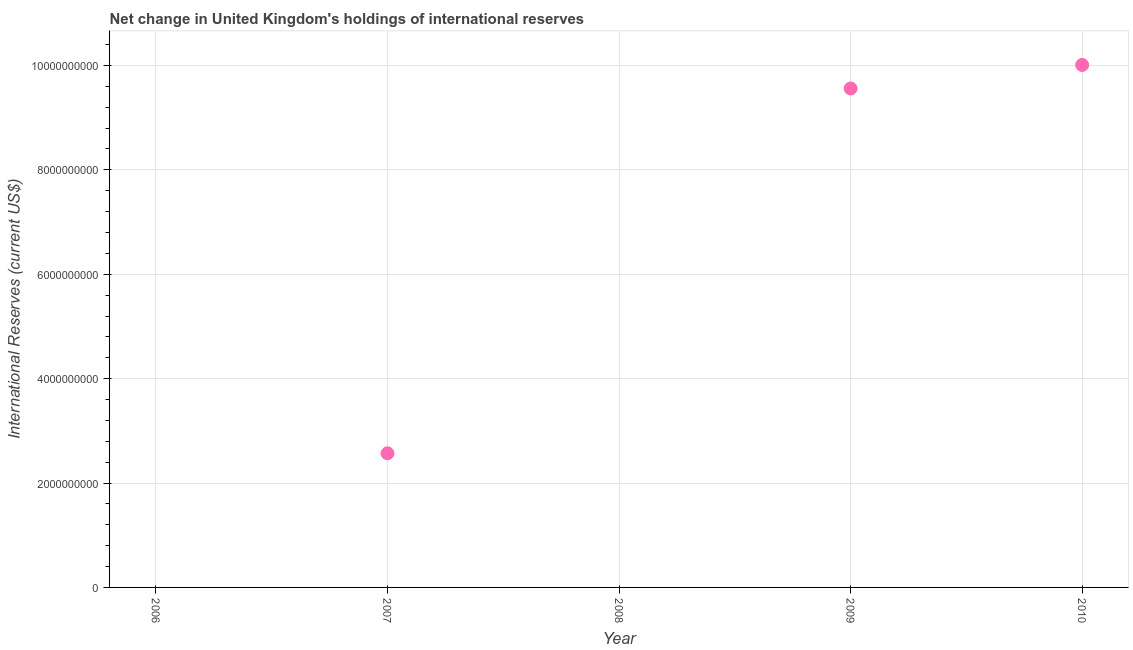
| Year | Reserves and related items |
 | --- | --- |
 | 2006 | -1.3e+09 |
 | 2007 | 2.57e+09 |
 | 2008 | -3.07e+09 |
 | 2009 | 9.56e+09 |
 | 2010 | 1e+10 |